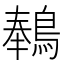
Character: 䳞